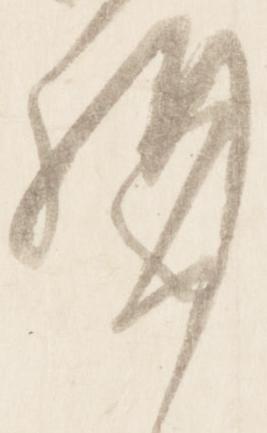
構